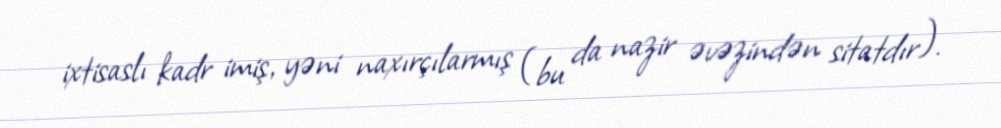
ixtisaslı kadr imiş, yəni naxırçılarmış (bu da nazir əvəzindən sitatdır).